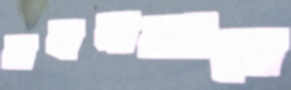
বহনকালে